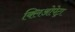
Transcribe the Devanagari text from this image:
क्लिओपेट्रा